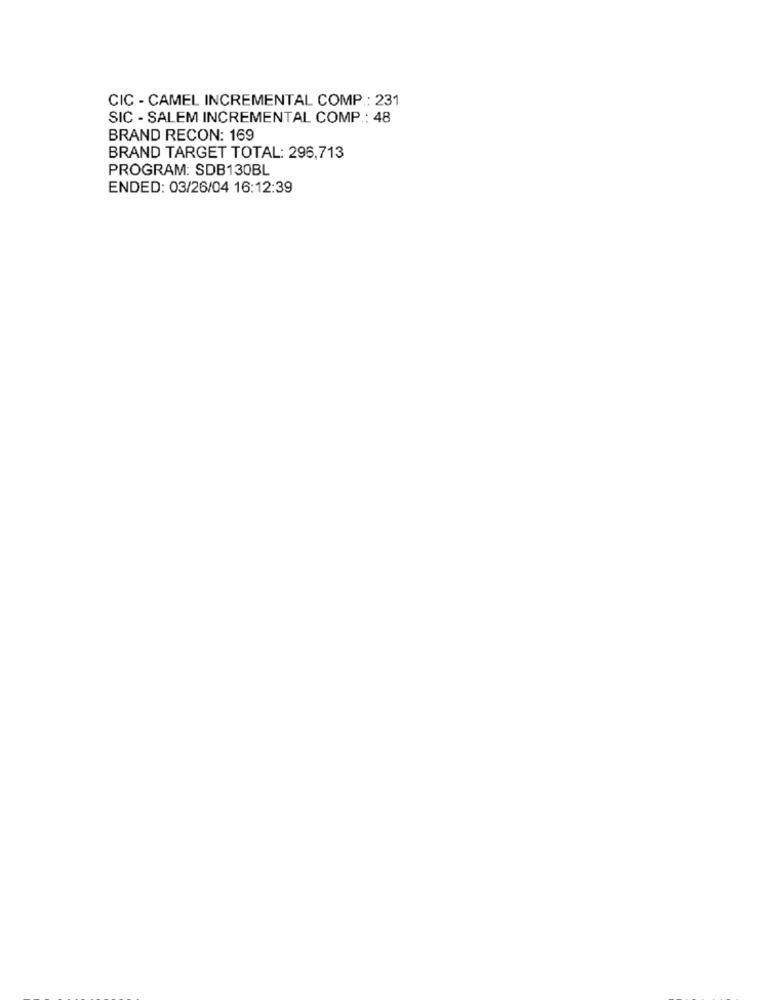
CIC - CAMEL INCREMENTAL COMP .: 231
SIC - SALEM INCREMENTAL COMP .: 48
BRAND RECON: 169
BRAND TARGET TOTAL: 296,713
PROGRAM: SDB130BL
ENDED: 03/26/04 16:12:39